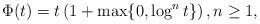
LaTeX: \begin{align*}\Phi(t)=t\left(1+\max\{0,\log^n t\}\right),n\ge 1,\end{align*}